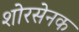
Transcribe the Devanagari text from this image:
शोरसेनक